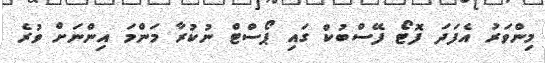
މިންވަރު އެފަދަ ފޮޓޯ ފޭސްބުކް ގައި ޕޯސްޓް ނުކުރާ މަންމަ އިންނަށް ވުރެ